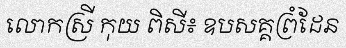
លោកស្រី កុយ ពិសី៖ ឧបសគ្គព្រំដែន